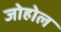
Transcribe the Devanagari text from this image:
जोहोल